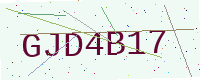
Text: GJD4B17